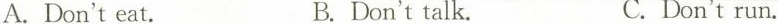
A.Don't eat. B.Don't talk. C.Don't run.